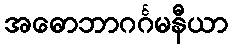
အဓောဘာဂင်္ဂမနီယာ